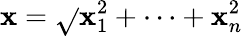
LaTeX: \mathbf{x}=\sqrt{}{{\mathbf{x}_{1}^{2}+\cdots+\mathbf{x}_{n}^{2}}}